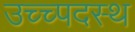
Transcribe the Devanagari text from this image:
उच्च्पदस्थ